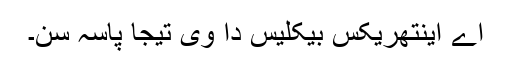
اے اینتھریکس بیکلیس دا وی تیجا پاسہ سن۔